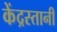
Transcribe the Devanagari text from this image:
केंद्रस्तानी